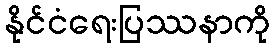
နိုင်ငံရေးပြဿနာကို